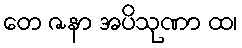
တေ ဇနာ အပိသုဏာ ထ၊